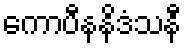
ကောပီနနိဒံသနီ